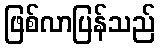
ဖြစ်လာပြန်သည်